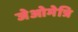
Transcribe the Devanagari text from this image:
जेओमेत्रि